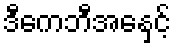
ဒီကေဘီအေနှင့်